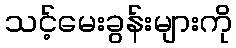
သင့်မေးခွန်းများကို